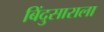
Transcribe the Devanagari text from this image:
बिंदुसाराला